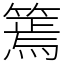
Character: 篶